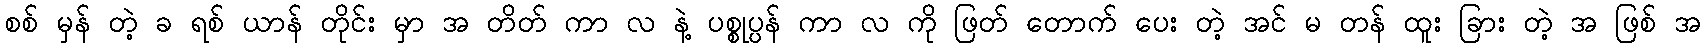
စစ် မှန် တဲ့ ခ ရစ် ယာန် တိုင်း မှာ အ တိတ် ကာ လ နဲ့ ပစ္စုပ္ပန် ကာ လ ကို ဖြတ် တောက် ပေး တဲ့ အင် မ တန် ထူး ခြား တဲ့ အ ဖြစ် အ